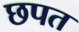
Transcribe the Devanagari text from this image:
छपत